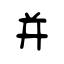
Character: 并